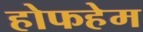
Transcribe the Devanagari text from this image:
होफहेम